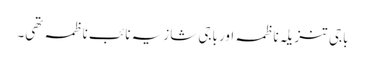
باجی تنزیلہ ناظمہ اور باجی شازیہ نائب ناظمہ تھی۔